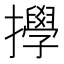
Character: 㩭